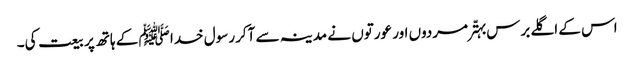
اس کے اگلے برس بہتّر مردوں اور عورتوں نے مدینہ سے آکر رسول خدا ﷺ کے ہاتھ پر بیعت کی۔